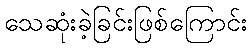
သေဆုံးခဲ့ခြင်းဖြစ်ကြောင်း